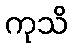
ကုသိ